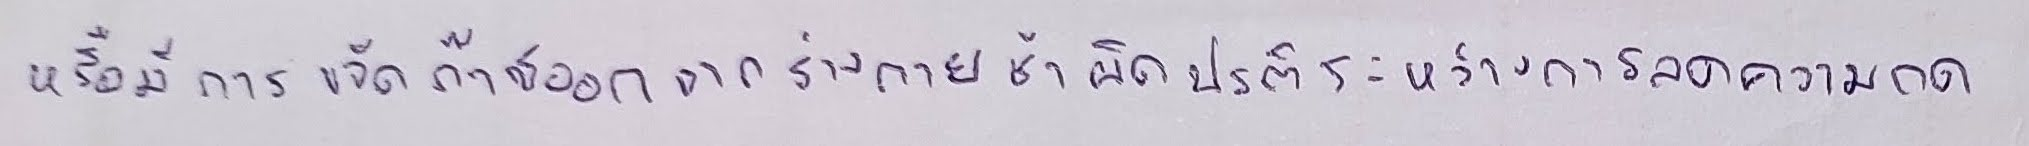
หรือมีการขจัดก๊าซออกจากร่างกายช้าผิดปกติระหว่างการลดความกด